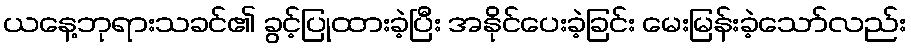
ယနေ့ဘုရားသခင်၏ ခွင့်ပြုထားခဲ့ပြီး အနိုင်ပေးခဲ့ခြင်း မေးမြန်းခဲ့သော်လည်း